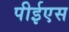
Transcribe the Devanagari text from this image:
पीईएस